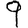
Digit: 9